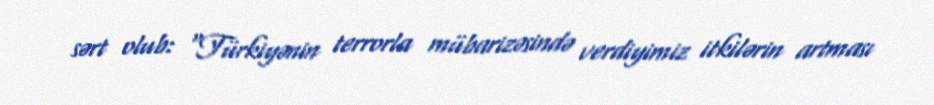
sərt olub: “Türkiyənin terrorla mübarizəsində verdiyimiz itkilərin artması